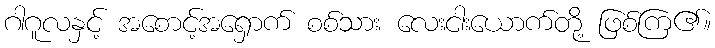
ဂါဂူလနှင့် အစောင့်အရှောက် စစ်သား လေးငါးယောက်တို့ ဖြစ်ကြ၏။